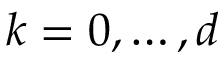
k = 0 , \dots , d